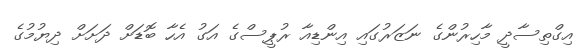
އިގްތިސާދީ މާހިރުންގެ ނަޒަރުގައި އިންޑިއާ ރުޕީސްގެ އަގު އެހާ ބޮޑަށް ދަށަށް ދިޔުމުގެ